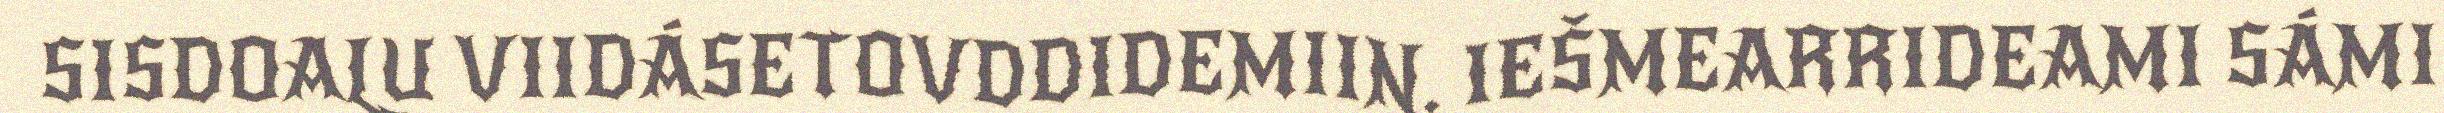
SISDOALU VIIDÁSETOVDDIDEMIIN. IEŠMEARRIDEAMI SÁMI